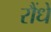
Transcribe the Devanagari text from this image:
रौंधे